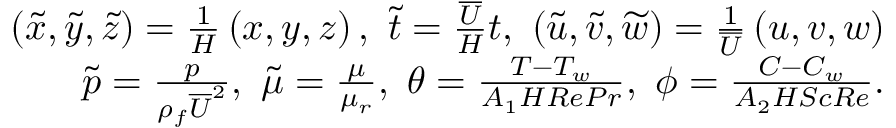
\begin{array} { r } { \left( \widetilde { x } , \widetilde { y } , \widetilde { z } \right) = \frac { 1 } { H } \left( x , y , z \right) , ~ \widetilde { t } = \frac { \overline { { U } } } { H } t , ~ \left( \widetilde { u } , \widetilde { v } , \widetilde { w } \right) = \frac { 1 } { \overline { { U } } } \left( u , v , w \right) } \\ { \widetilde { p } = \frac { p } { \rho _ { f } \overline { { U } } ^ { 2 } } , ~ \widetilde { \mu } = \frac { \mu } { \mu _ { r } } , ~ \theta = \frac { T - T _ { w } } { A _ { 1 } H R e P r } , ~ \phi = \frac { C - C _ { w } } { A _ { 2 } H S c R e } . } \end{array}